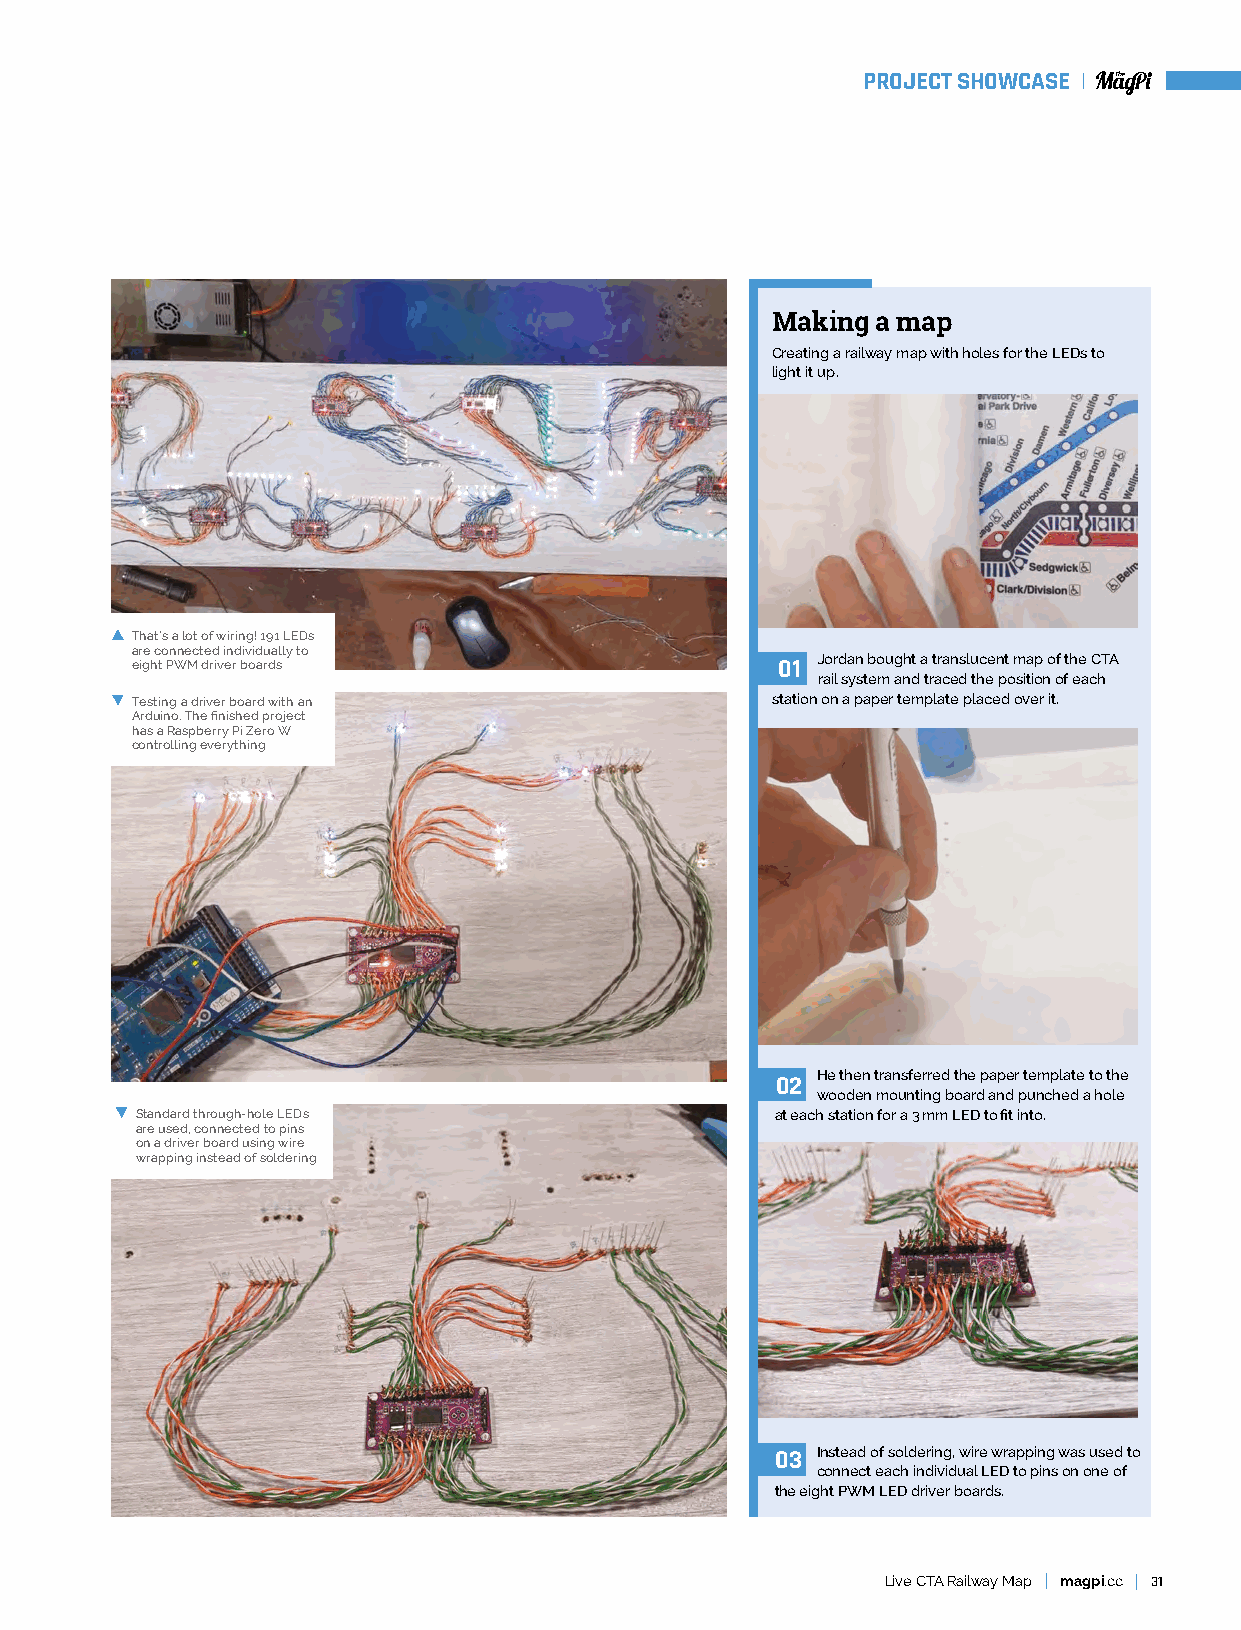
PROJECT SHOWCASE
 Making a map
 Creating a railway map with holes for the LEDs to
 light it up.
 T hat’s a lot of wiring! 191 LEDs
 are connected individually to
 Jordan bought a translucent map of the CTA
 eight PWM driver boards                   01
 rail system and traced the position of each
 T esting a driver board with an           station on a paper template placed over it.
 Arduino. The finished project
 has a Raspberry Pi Zero W
 controlling everything
 He then transferred the paper template to the
 02
 wooden mounting board and punched a hole
 S tandard through-hole LEDs               at each station for a 3 mm LED to fit into.
 are used, connected to pins
 on a driver board using wire
 wrapping instead of soldering
 03 Instead of soldering, wire wrapping was used to
 connect each individual LED to pins on one of
 the eight PWM LED driver boards.
 Live CTA Railway Map magpi.cc 31